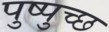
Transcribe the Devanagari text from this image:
पुष्पुच्छ